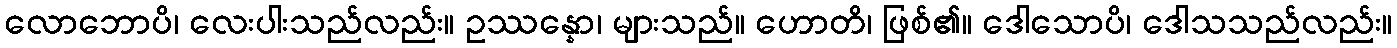
လောဘောပိ၊ လေးပါးသည်လည်း။ ဥဿန္နော၊ များသည်။ ဟောတိ၊ ဖြစ်၏။ ဒေါသောပိ၊ ဒေါသသည်လည်း။